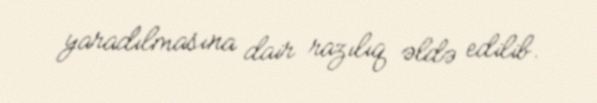
yaradılmasına dair razılıq əldə edilib.